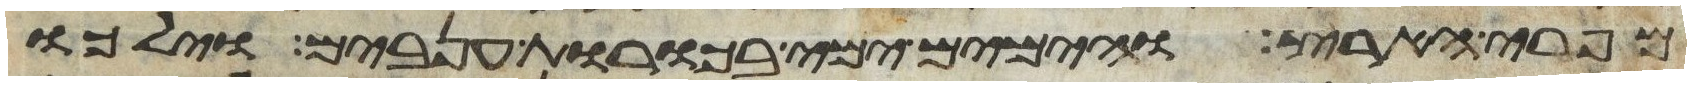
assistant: מפרי הארץ והימים ימי בכורת ענבים וילכו